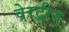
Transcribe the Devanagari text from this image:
वेरट्रीन